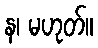
န၊ မဟုတ်။